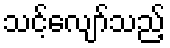
သင့်လျော်သည့်